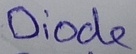
Text: Diode